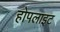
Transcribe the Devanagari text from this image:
होपलाइट